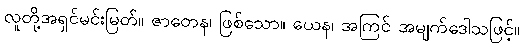
လူတို့အရှင်မင်းမြတ်။ ဇာတေန၊ ဖြစ်သော။ ယေန၊ အကြင် အမျက်ဒေါသဖြင့်။